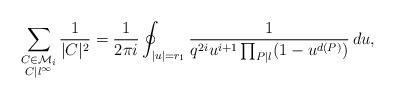
LaTeX: \begin{align*} \sum_{\substack{C \in \mathcal{M}_i \\ C | l^{\infty}}} \frac{1}{|C|^2} = \frac{1}{2 \pi i} \oint_{|u|=r_1} \frac{1}{q^{2i} u^{i+1} \prod_{P|l}(1-u^{d(P)})} \, du, \end{align*}